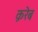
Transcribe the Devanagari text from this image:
क़रेब